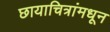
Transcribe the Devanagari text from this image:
छायाचित्रांमधून